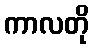
ကာလတို